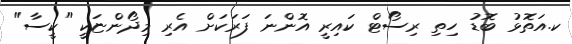
ކ.އަތޮޅު ބޮޑު ހިތި ރިސޯޓް ކައިރީ އޮންނަ ފަރަކަށް އެރި މިދޯންޏަކީ "ކީސާ"